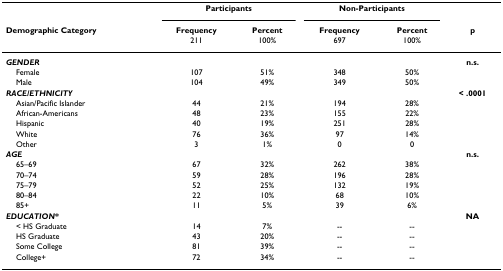
<table><thead><tr><td></td><td colspan="2"><b>Participants</b></td><td colspan="2"><b>Non-Participants</b></td><td></td></tr><tr><td><b>Demographic Category</b></td><td><b>Frequency211</b></td><td><b>Percent 100%</b></td><td><b>Frequency 697</b></td><td><b>Percent 100%</b></td><td><b>p</b></td></tr></thead><tbody><tr><td><b><i>GENDER</i></b></td><td></td><td></td><td></td><td></td><td><b>n.s.</b></td></tr><tr><td> Female</td><td>107</td><td>51%</td><td>348</td><td>50%</td><td></td></tr><tr><td> Male</td><td>104</td><td>49%</td><td>349</td><td>50%</td><td></td></tr><tr><td><b><i>RACE/ETHNICITY</i></b></td><td></td><td></td><td></td><td></td><td><b>&lt; .0001</b></td></tr><tr><td> Asian/Pacific Islander</td><td>44</td><td>21%</td><td>194</td><td>28%</td><td></td></tr><tr><td> African-Americans</td><td>48</td><td>23%</td><td>155</td><td>22%</td><td></td></tr><tr><td> Hispanic</td><td>40</td><td>19%</td><td>251</td><td>28%</td><td></td></tr><tr><td> White</td><td>76</td><td>36%</td><td>97</td><td>14%</td><td></td></tr><tr><td> Other</td><td>3</td><td>1%</td><td>0</td><td>0</td><td></td></tr><tr><td><b><i>AGE</i></b></td><td></td><td></td><td></td><td></td><td><b>n.s.</b></td></tr><tr><td> 65–69</td><td>67</td><td>32%</td><td>262</td><td>38%</td><td></td></tr><tr><td> 70–74</td><td>59</td><td>28%</td><td>196</td><td>28%</td><td></td></tr><tr><td> 75–79</td><td>52</td><td>25%</td><td>132</td><td>19%</td><td></td></tr><tr><td> 80–84</td><td>22</td><td>10%</td><td>68</td><td>10%</td><td></td></tr><tr><td> 85+</td><td>11</td><td>5%</td><td>39</td><td>6%</td><td></td></tr><tr><td><b><i>EDUCATION*</i></b></td><td></td><td></td><td></td><td></td><td><b>NA</b></td></tr><tr><td> &lt; HS Graduate</td><td>14</td><td>7%</td><td>--</td><td>--</td><td></td></tr><tr><td> HS Graduate</td><td>43</td><td>20%</td><td>--</td><td>--</td><td></td></tr><tr><td> Some College</td><td>81</td><td>39%</td><td>--</td><td>--</td><td></td></tr><tr><td> College+</td><td>72</td><td>34%</td><td>--</td><td>--</td><td></td></tr></tbody></table>